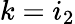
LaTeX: k=i_{2}